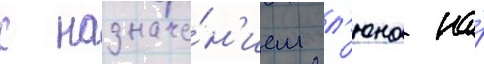
с назначе́н'ием л'юна на́